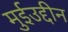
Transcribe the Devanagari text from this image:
मुईउद्दीन